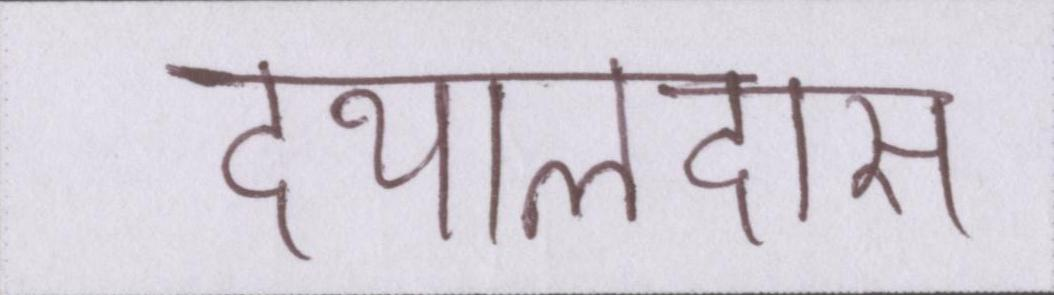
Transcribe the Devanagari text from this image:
दयालदास